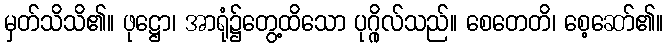
မှတ်သိသိ၏။ ဖုဋ္ဌော၊ အာရုံ၌တွေ့ထိသော ပုဂ္ဂိုလ်သည်။ စေတေတိ၊ စေ့ဆော်၏။